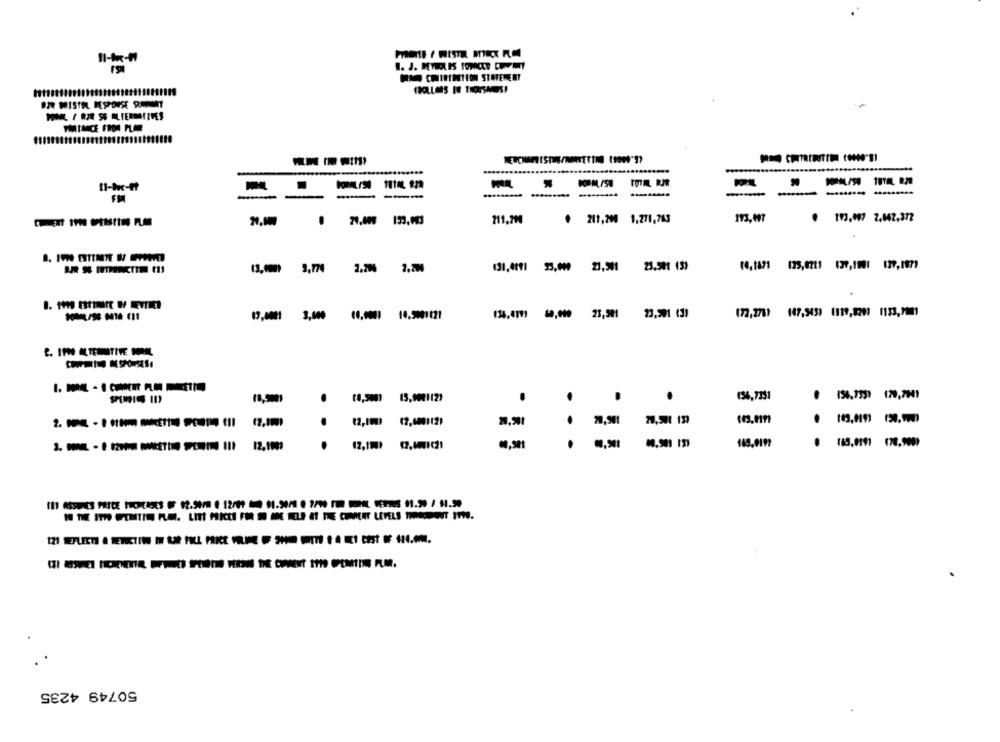
11-1x-11
BAD CHIHIITION STATEMENT
POR BRISTOL RESPONSE ROPERT
11-hc-ft
--
@ 20,000 133,003
211,79
.
211,200 1,271,763
193,197
@ 193.097 2.042.372
14,1471 175,0711 139,1001 137, 1971
(3, 3,770 2.20 2.20
131,4191 55,009 21,501
17,0001 3,000 0,0001
134,0193 40,000 25,501
23,901 439
(72,276) 447,543) (119,0200 1153,7001
15,002112)
136,7351
20,901
143.0191 (78.900)
12,1009
50749 4235